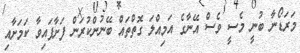
މަރަޑޯނާ ބުނީ މެސީ ވެސް އޭނާގެ އަމިއްލަ ގޮތްތައް ބޭނުންކުރަން ފަށާފައިވާ ކަމަށާއި